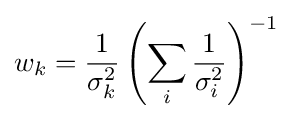
w_{k}={\frac {1}{\sigma _{k}^{2}}}\left(\sum _{i}{\frac {1}{\sigma _{i}^{2}}}\right)^{-1}